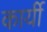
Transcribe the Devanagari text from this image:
कार्यी